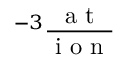
^ { - 3 } \frac { \mathrm { ~ a ~ t ~ } } { \mathrm { ~ i ~ o ~ n ~ } }